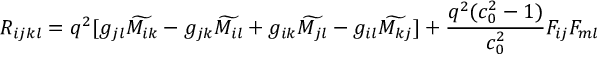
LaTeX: R _ { i j k l } = q ^ { 2 } [ g _ { j l } \widetilde { M _ { i k } } - g _ { j k } \widetilde { M _ { i l } } + g _ { i k } \widetilde { M _ { j l } } - g _ { i l } \widetilde { M _ { k j } } ] + { \frac { q ^ { 2 } ( c _ { 0 } ^ { 2 } - 1 ) } { c _ { 0 } ^ { 2 } } } F _ { i j } F _ { m l }